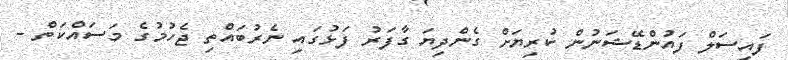
ފައިސަލް ފައުންޑޭޝަނުން ކުރިޔަށް ގެންދިޔަ ގާފަރު ފަޅުގައި ނެރުބައްތި ޖެހުމުގެ މަސައްކަތް -